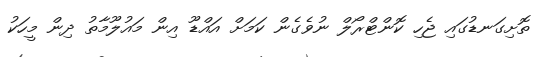
ތޮށިގަނޑުގައި ޖެހި ކޮންޓްރޯލް ނުވެގެން ކަމަށް އައްޑޫ އިން މައުލޫމާތު ދިން މީހަކު